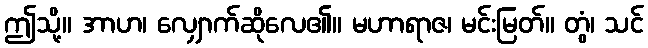
ဤသို့။ အာဟ၊ လျှောက်ဆိုလေ၏။ မဟာရာဇ၊ မင်းမြတ်။ တွံ၊ သင်